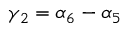
\gamma _ { 2 } = \alpha _ { 6 } - \alpha _ { 5 }